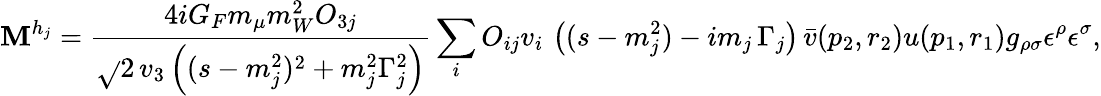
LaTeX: {\cal\mathbf{M}}^{h_{j}}=\frac{{4iG_{F}m_{\mu}m_{W}^{2}O_{3j}}}{{\sqrt{}{{2}}\, v_{3}\left((s-m_{j}^{2})^{2}+m_{j}^{2}\Gamma_{j}^{2}\right)}}\sum_{i}O_{ij}v_{i}\, \left((s-m_{j}^{2})-im_{j}\, \Gamma_{j}\right)\, \bar{{v}}(p_{2},r_{2})u(p_{1},r_{1})g_{\rho\sigma}\epsilon^{\rho}\epsilon^{\sigma},